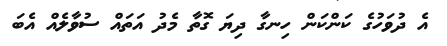
އެ ދުވަހުގެ ކަންކަން ހިނގާ ދިޔަ ގޮތާ މެދު އަތައް ސުވާލެއް އެބަ